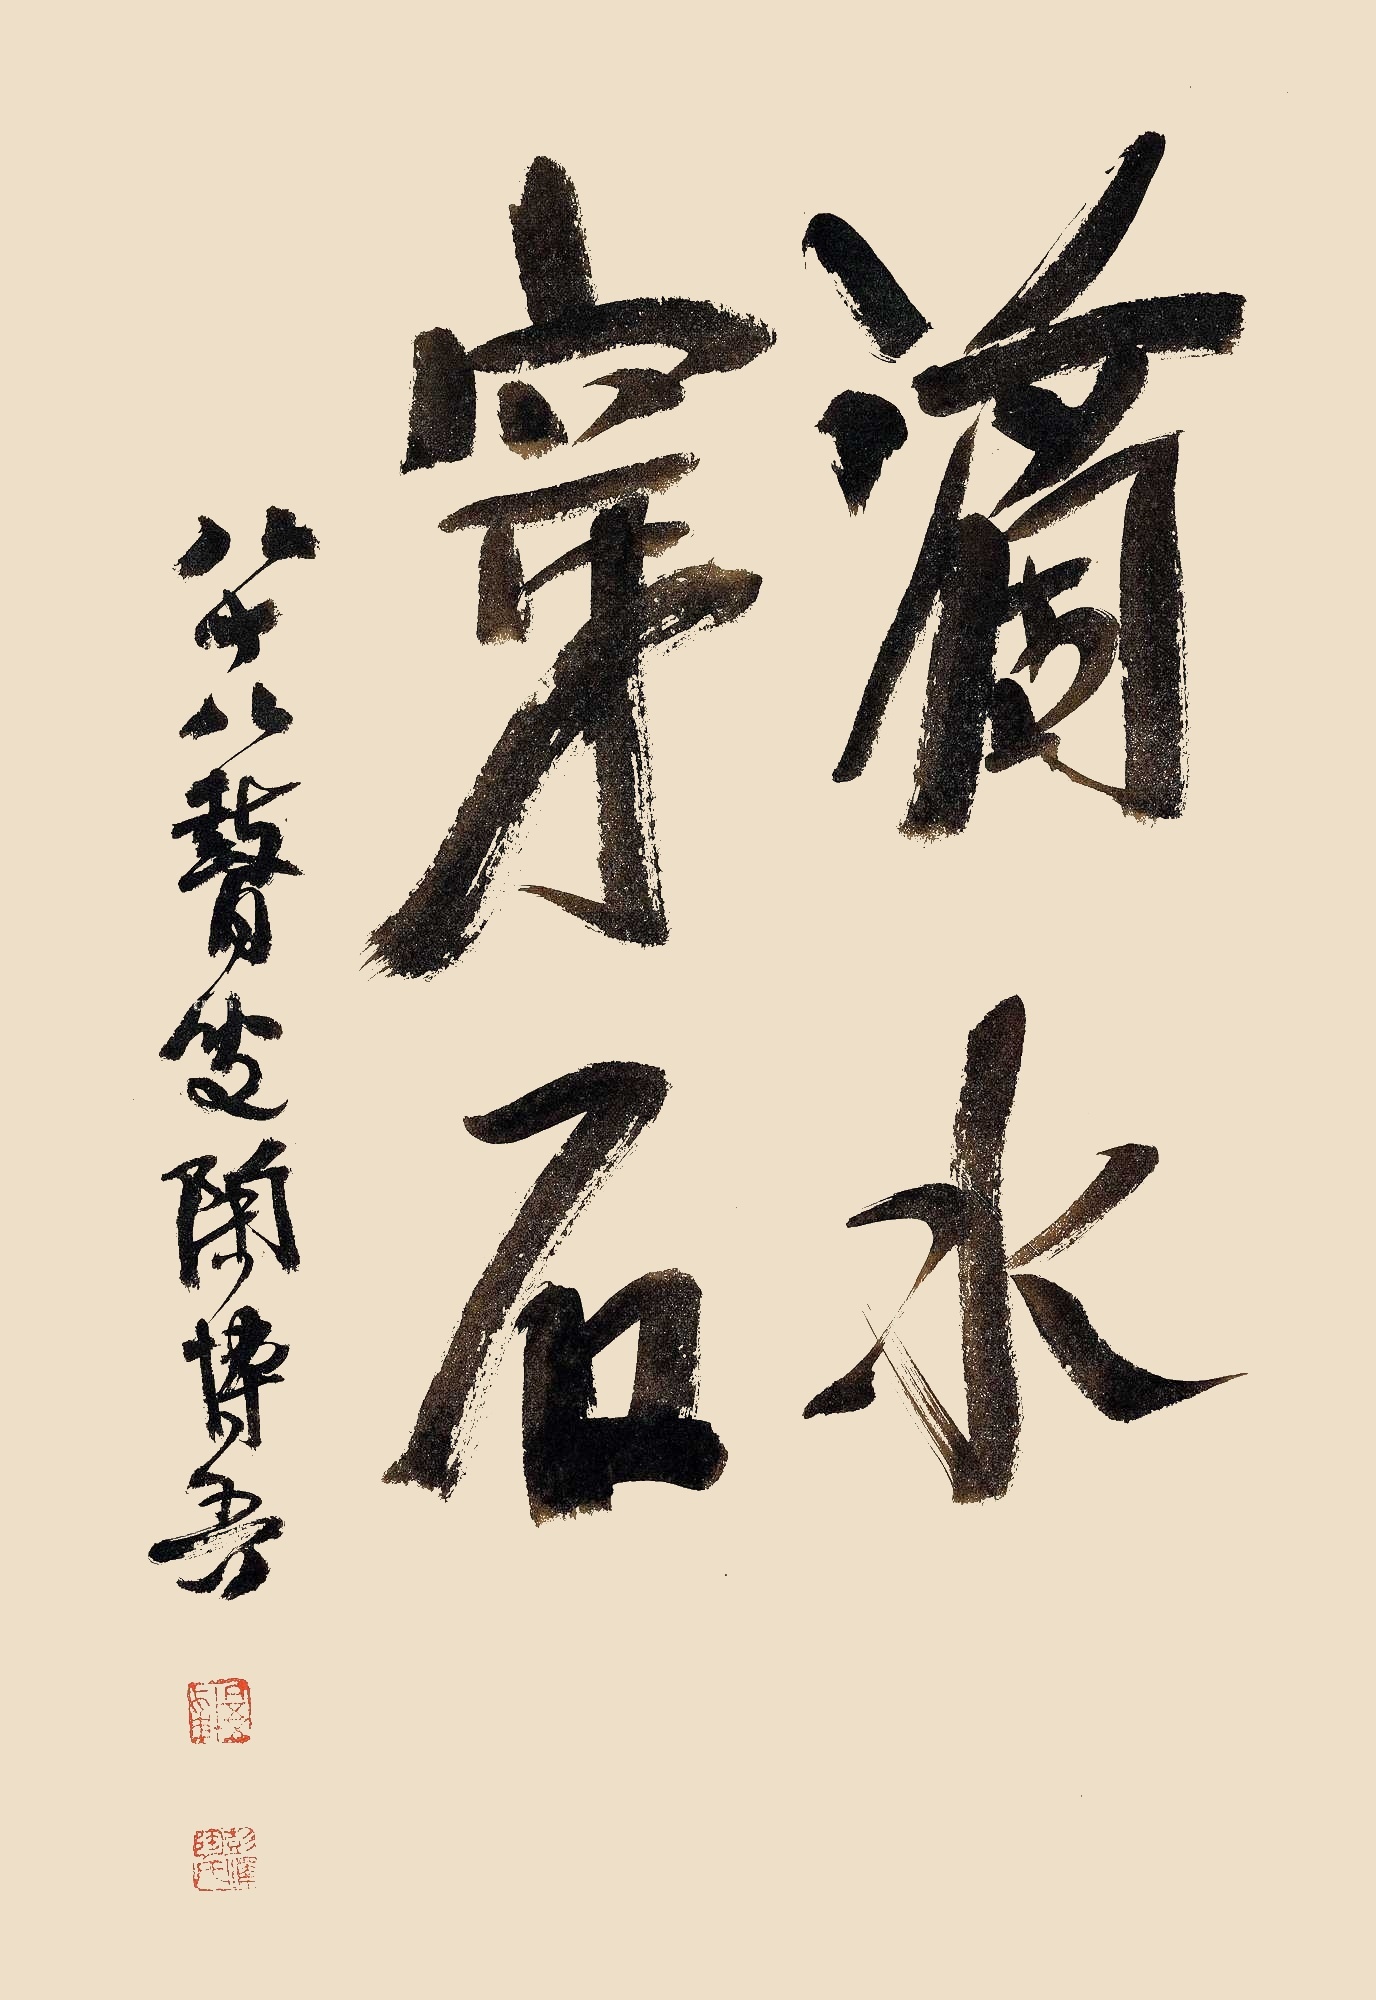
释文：滴水穿石八十八瞽叟陶博吾